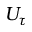
U _ { \tau }